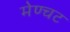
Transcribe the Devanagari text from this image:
मेण्चट